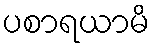
ပစာရယာမိ